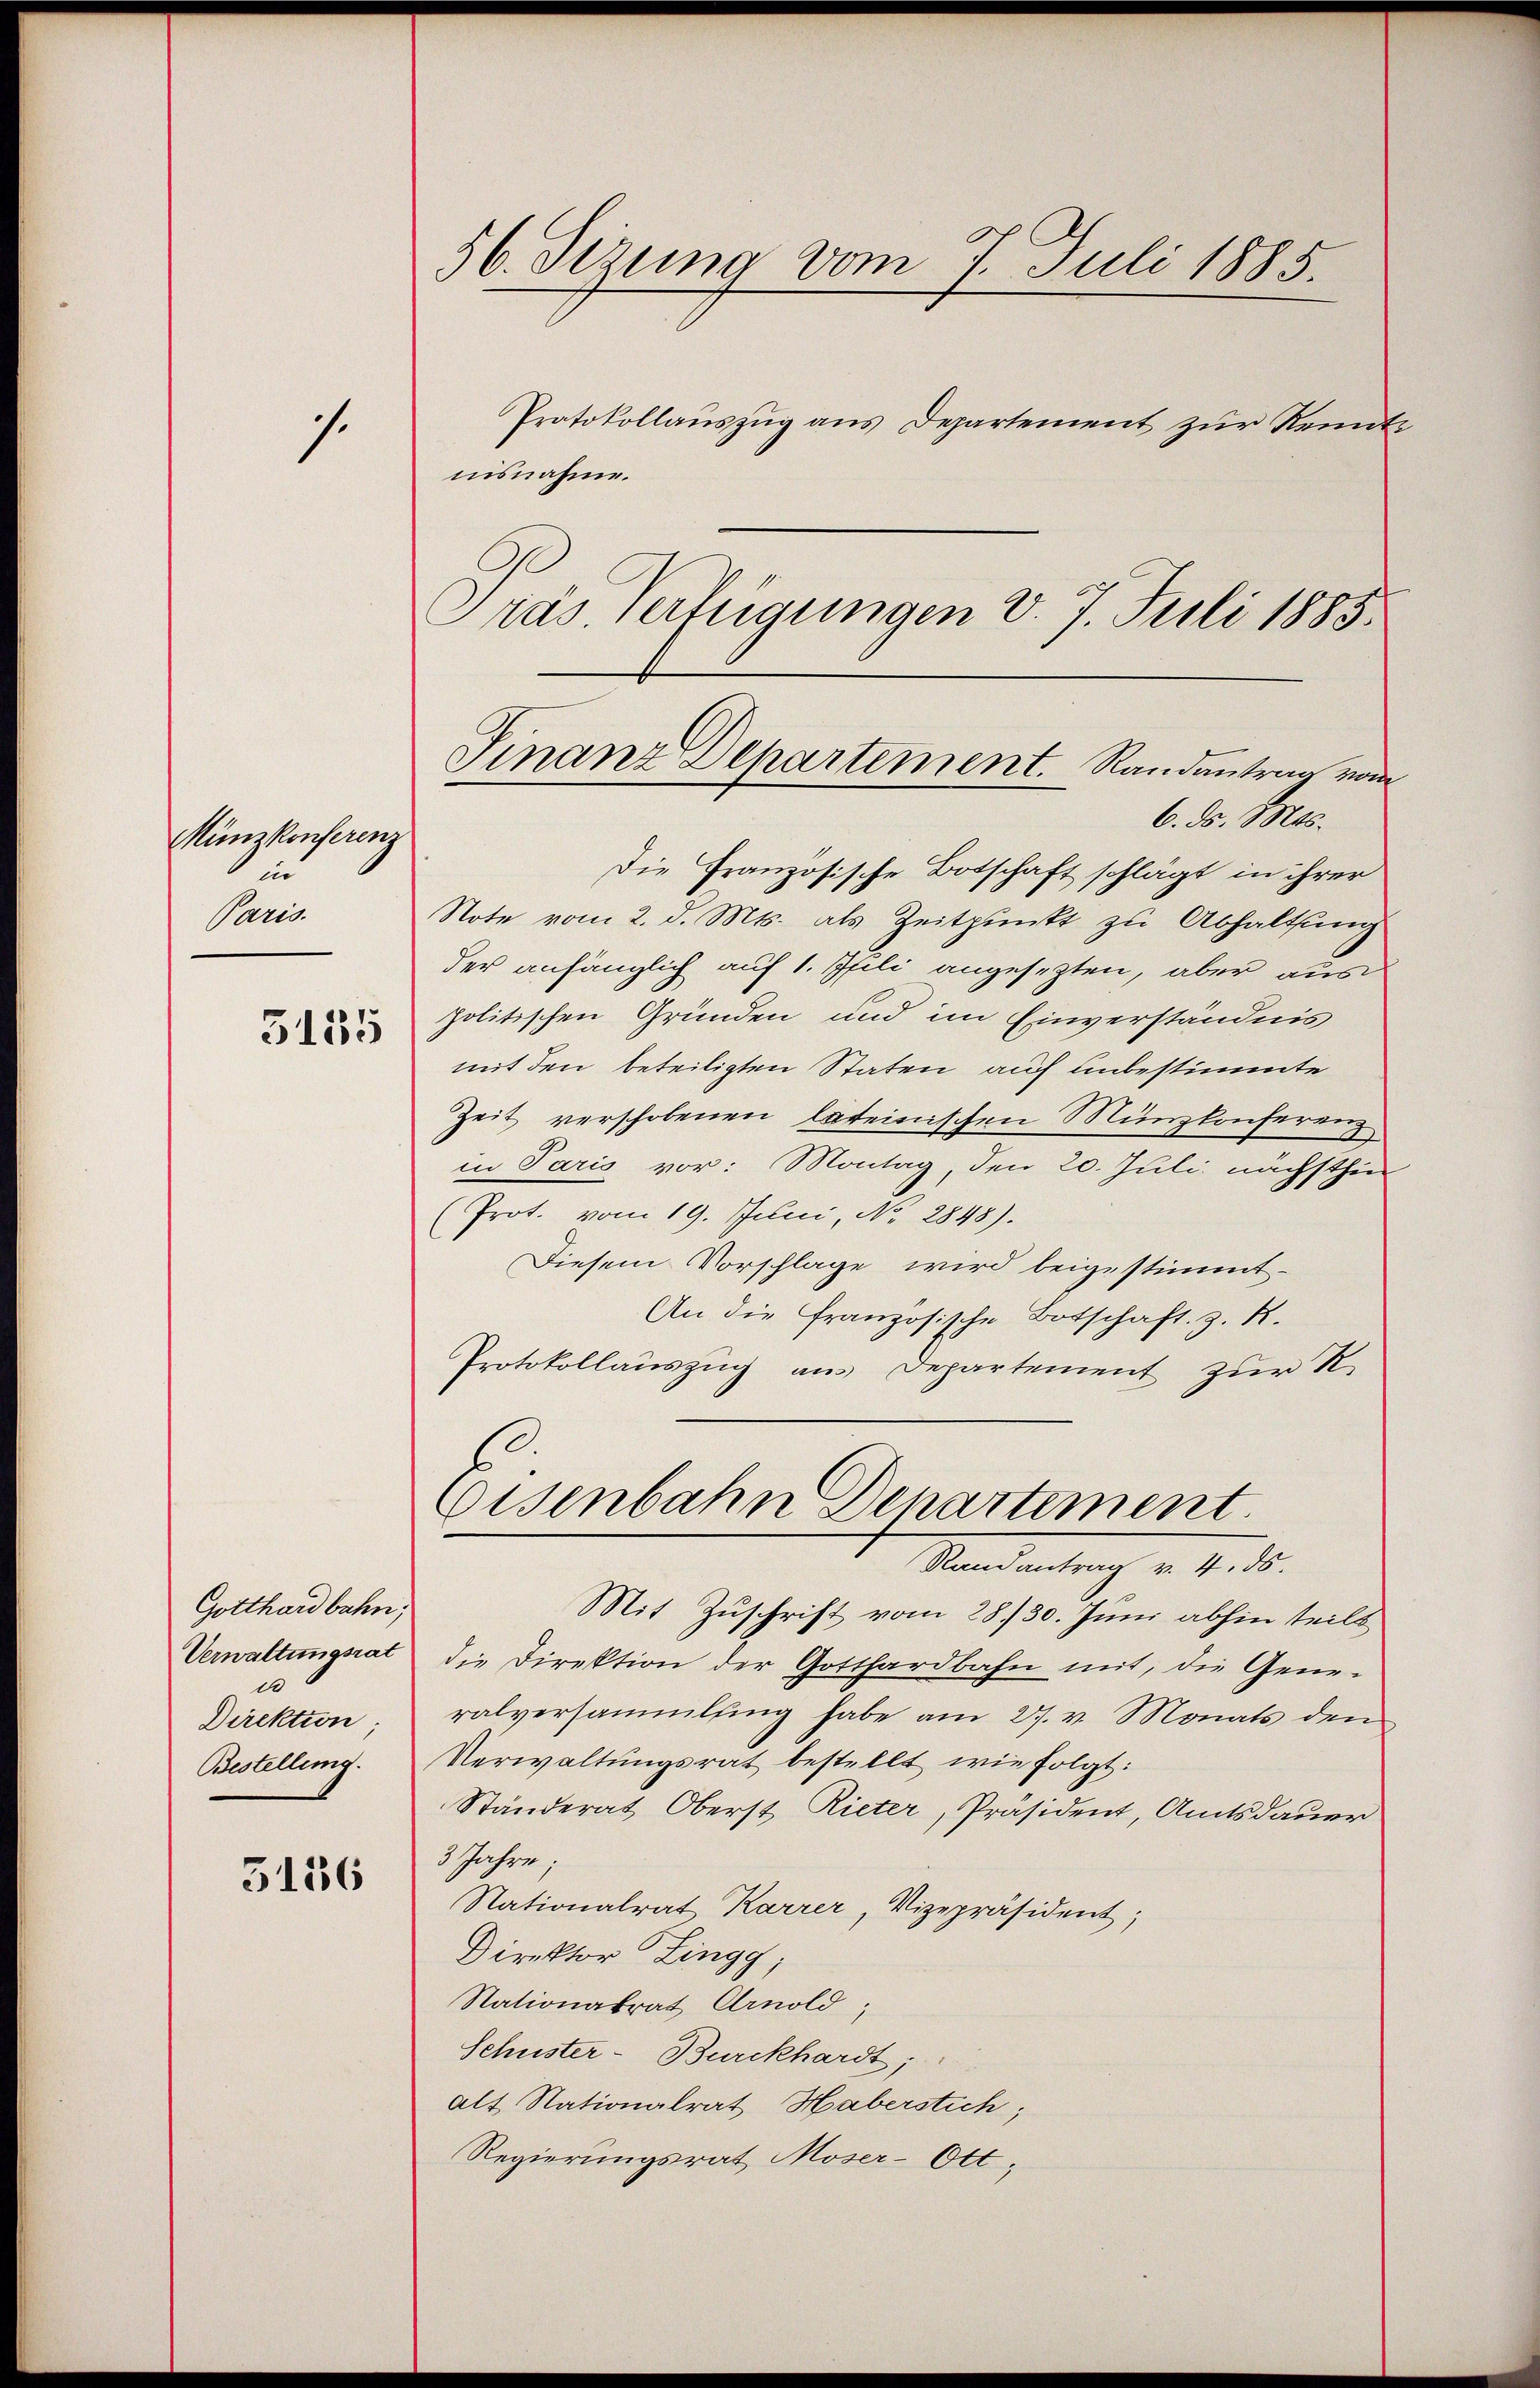
1.

Münzkonferenz
in
Paris.

5155

5156

Gotthardbahn,
Verwaltungsrat
d
Direktion.
Bestellung.

56. Sizung vom 7. Juli 1885.
Protokollauszug aus Departement zur Kennte

nisnahme.
ras. Verfügungen v. 7. Juli 1885.

Finanz-Departement. Randantrag vom
6. ds. Mts.

Die Französische Botschaft schlägt in ihrer
Note vom 2. d. Mts. als Zeitpunkt zu Abhaltung
der anfänglich auf 1. Ifili angesezten, aber aus
politischen Gründen und im Einverständnis
mit den beteiligten Staten auf unbestimmte
Zeit verschobenen lateinischen Münzkonferenz
in Paris vor: Montag, den 20. Juli nächsthin
(Prot. vom 19. Juni, No. 2848).
Diesem Vorschlage wird beigestimmt.
An die französische Botschaft z. R.
Protokollauszug aus Departement zur R.
Eisenbahn Denartement.
Randantrag v. 4. ds.
Mit Zuschrift vom 28./30. Juni abhin teilt
die Direktion der Gotthardbahn mit, die Gene-
ralversammlung habe am 27. v. Monats den
Verwaltungsrat bestellt wie folgt:
Ständerat Oberst Rieter, Präsident, Amtsdauer
3 Jahre;
Nationalrat Karrer, Vizepräsident;
Direktor Lingg;
Nationalrat Arnold;
Schuster- Burckhardt,
Alt Nationalrat Haberstich,
Regierungsrat Moser-Ott;